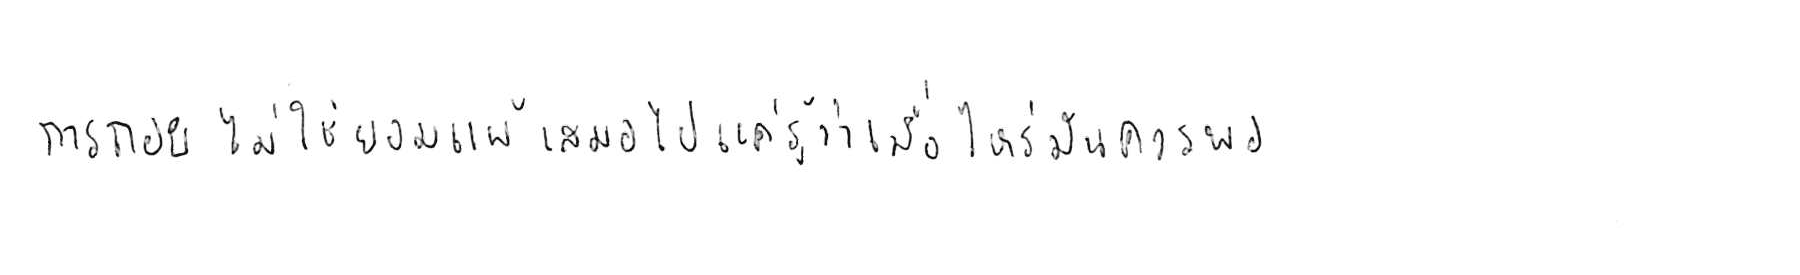
การถอย ไม่ใช่ยอมแพ้ เสมอไป แค่รู้ว่าเมื่อไหร่ มันควรพอ